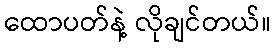
ထောပတ်နဲ့ လိုချင်တယ်။